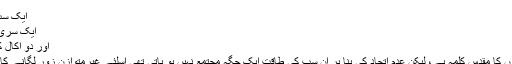
ان کا گرو نعرہ لگاتا
ایک ست کہہ کے زور لگاتا
ایک سری کہہ کے دھکا مارتا
اور دو اکال کہہ کے طاقت لگاتے
ست سری اکال سکھوں کا مقدس کلمہ ہے، لیکن عدم اتحاد کی بنا پر ان سب کی طاقت ایک جگہ مجتمع نہیں ہو پاتی تھی اسلئے غیرمتوازن زور لگانے کا فائدہ نہیں ہو رھا تھا۔